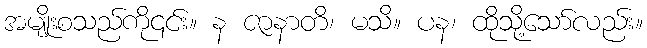
အမျိုးစသည်ကို၎င်း။ န ဇာနာတိ၊ မသိ။ ပန၊ ထိုသို့သော်လည်း။